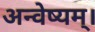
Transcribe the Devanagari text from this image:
अन्वेष्यम्।